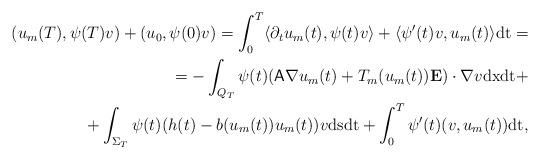
LaTeX: \begin{align*}(u_m(T),\psi(T)v)+(u_0,\psi(0)v)=\int_0^T\langle \partial_t u_m(t),\psi(t)v\rangle+\langle \psi'(t)v,u_m(t)\rangle\mathrm{dt}=\\=-\int_{Q_T}\psi(t)( \mathsf{A}\nabla u_m(t)+T_m(u_m(t)){\bf E}) \cdot \nabla v\mathrm{dx}\mathrm{dt}+\\+\int_{\Sigma_T} \psi(t)(h(t)-b(u_m(t))u_m(t)) v\mathrm{ds}\mathrm{dt}+\int_0^T \psi'(t)(v ,u_m(t))\mathrm{dt} ,\end{align*}